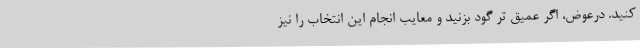
کنید. درعوض، اگر عمیق تر گود بزنید و معایب انجام این انتخاب را نیز